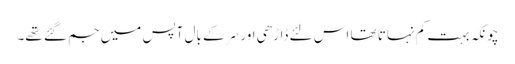
چونکہ بہت کم نہاتا تھا اس لئے ڈاڑھی اور سَر کے بال آپس میں جم گئے تھے۔